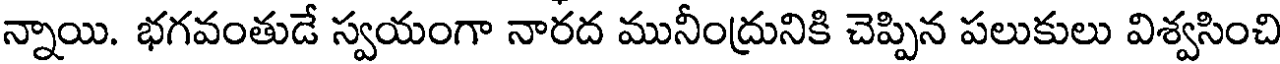
న్నాయి. భగవంతుడే స్వయంగా నారద మునీంద్రునికి చెప్పిన పలుకులు విశ్వసించి